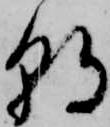
朝